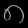
Digit: ၈